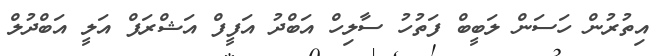
އިތުރުން ހަސަން ލަބީބް ފަތުހު ސާލިހް އަބްދު އަފީފް އަޝްރަފް އަލީ އަބްދުލް